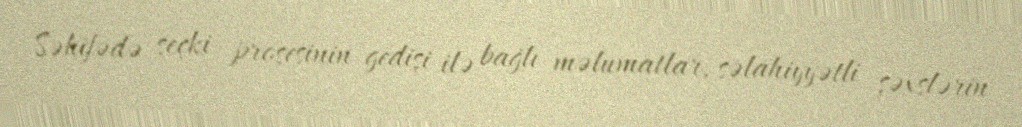
Səhifədə seçki prosesinin gedişi ilə bağlı məlumatlar, səlahiyyətli şəxslərin